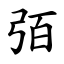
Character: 㢶